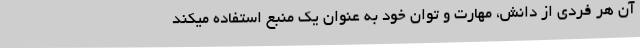
آن هر فردی از دانش، مهارت و توان خود به عنوان یک منبع استفاده میکند